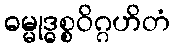
ဓမ္မုဒ္ဓစ္စဝိဂ္ဂဟိတံ